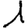
Digit: 1